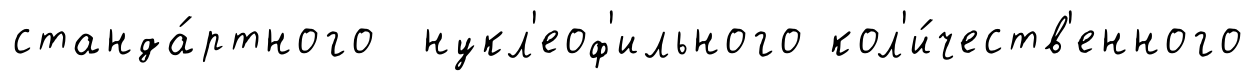
станда́ртного нукл'еоф'ильного кол'и́честв'енного